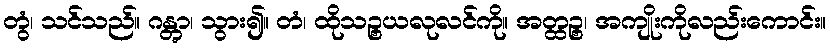
တွံ၊ သင်သည်။ ဂန္တွာ၊ သွား၍။ တံ၊ ထိုသဉ္စယလုလင်ကို။ အတ္ထဉ္စ၊ အကျိုးကိုလည်းကောင်း။